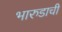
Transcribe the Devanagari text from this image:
भारुडाची